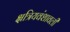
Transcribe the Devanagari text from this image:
क्षत्रियवंशावली